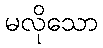
မလိုသော